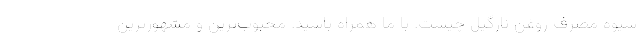
شیوه مصرف روغن نارگیل چیست. با ما همراه باشید. محبوب­ترین و مشهورترین